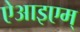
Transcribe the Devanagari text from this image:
ऐआइएम्